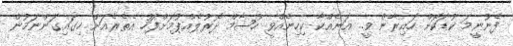
ފެނުނީމަ ކުޑަކޮށް ހައިރާން ވީ.. އަނެއްކާ ކިހިނެއްވީ ހުޝާމް ދޮރުލެއްޕުމަށްފަހު އެތެރެއަށް ހިގައިގަންނަމުން